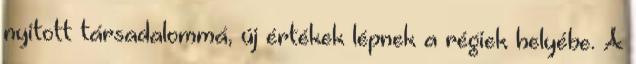
nyitott társadalommá, új értékek lépnek a régiek helyébe. A